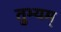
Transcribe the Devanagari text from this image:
तुभ्यम्